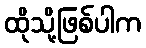
ထိုသို့ဖြစ်ပါက